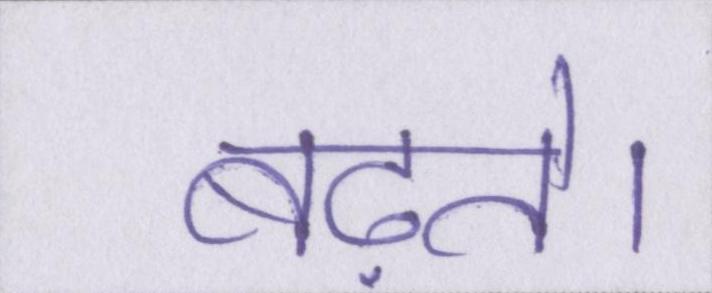
बढ़ते।